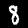
Digit: 8